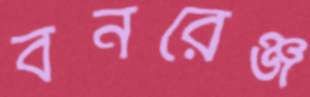
বনরেঞ্জ